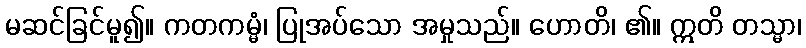
မဆင်ခြင်မူ၍။ ကတကမ္မံ၊ ပြုအပ်သော အမှုသည်။ ဟောတိ၊ ၏။ ဣတိ တသ္မာ၊